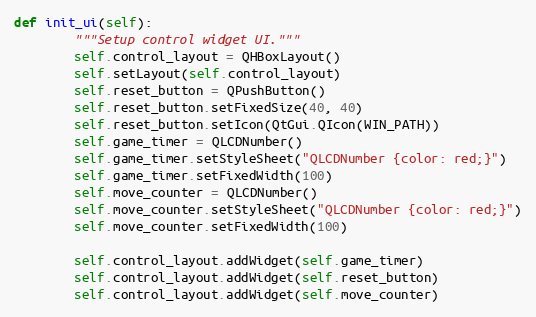
Language: Python
def init_ui(self):
        """Setup control widget UI."""
        self.control_layout = QHBoxLayout()
        self.setLayout(self.control_layout)
        self.reset_button = QPushButton()
        self.reset_button.setFixedSize(40, 40)
        self.reset_button.setIcon(QtGui.QIcon(WIN_PATH))
        self.game_timer = QLCDNumber()
        self.game_timer.setStyleSheet("QLCDNumber {color: red;}")
        self.game_timer.setFixedWidth(100)
        self.move_counter = QLCDNumber()
        self.move_counter.setStyleSheet("QLCDNumber {color: red;}")
        self.move_counter.setFixedWidth(100)

        self.control_layout.addWidget(self.game_timer)
        self.control_layout.addWidget(self.reset_button)
        self.control_layout.addWidget(self.move_counter)